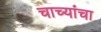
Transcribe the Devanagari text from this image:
चाच्यांचा